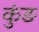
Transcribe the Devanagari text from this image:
कुंङ